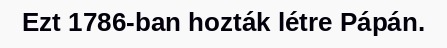
Ezt 1786-ban hozták létre Pápán.